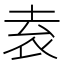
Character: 𡋡